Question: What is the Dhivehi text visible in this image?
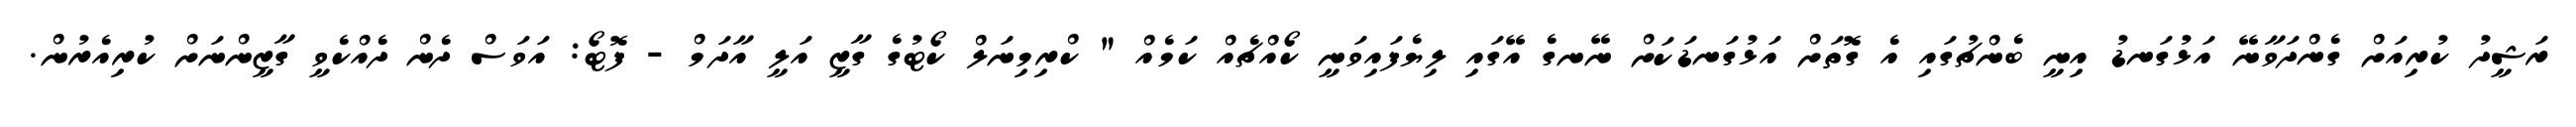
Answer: ރަޝީދު ކުރިއަށް ގެންދަވާނޭ އަޅުގަނޑު އިނީ ބެންޗުގައި އެ ގޮތަށް އަޅުގަނޑަކަށް ނޭނގެ އޭގައި ލިޔެފައިވަނީ ކޯއްޗެއް ކަމެއް " ކްރިމިނަލް ކޯޓުގެ ގާޒީ އަލީ އާދަމް - ފޮޓޯ: އަވަސް ދެން ދެއްކެވީ ގާޒީންނަށް ކުރިއެރުން.